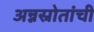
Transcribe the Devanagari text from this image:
अन्नस्रोतांची